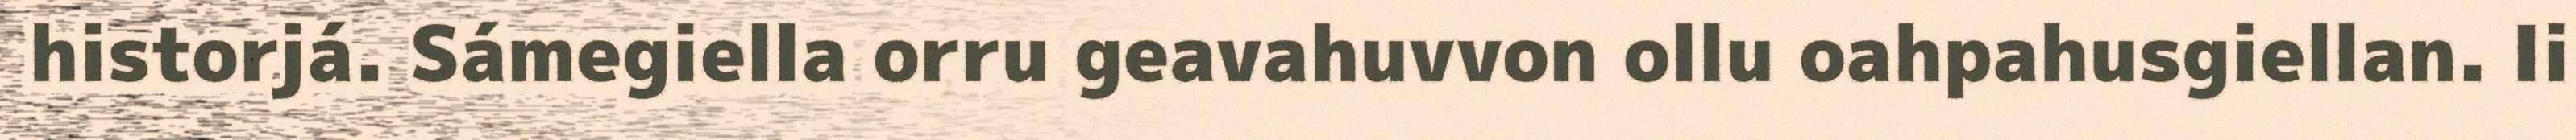
historjá. Sámegiella orru geavahuvvon ollu oahpahusgiellan. Ii